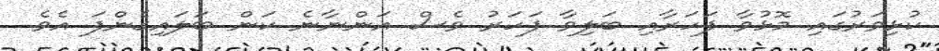
ކުޅިވަރުގައި މޮޅުވާ ފަހަރާއި ބަލިވާ ފަހަރު ވެސް އަންނާނެ ކަން ބަލައިގެންފަ އެވެ.